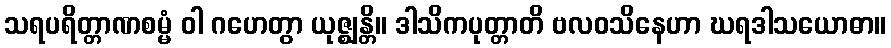
သရပရိတ္တာဏစမ္မံ ဝါ ဂဟေတွာ ယုဇ္ဈန္တိ။ ဒါသိကပုတ္တာတိ ဗလဝသိနေဟာ ဃရဒါသယောဓာ။